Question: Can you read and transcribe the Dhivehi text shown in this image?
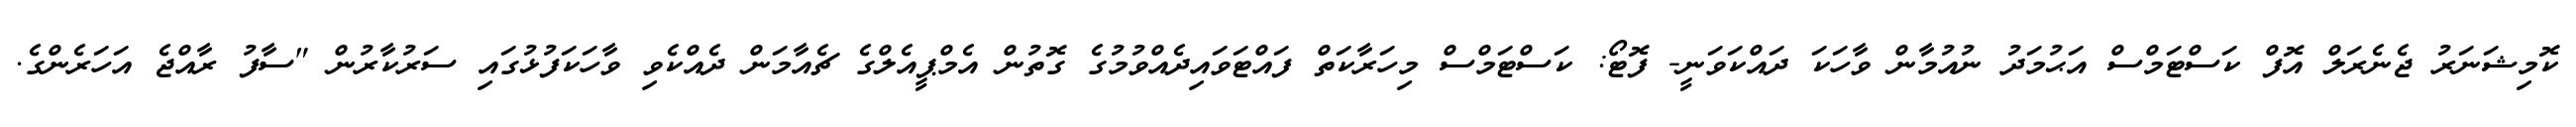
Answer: ކޮމިޝަނަރު ޖެނެރަލް އޮފް ކަސްޓަމްސް އަޙުމަދު ނުއުމާން ވާހަކަ ދައްކަވަނީ- ފޮޓޯ: ކަސްޓަމްސް މިހަރާކަތް ފައްޓަވައިދެއްވުމުގެ ގޮތުން އެމްޕީއެލްގެ ޗެއާމަން ދެއްކެވި ވާހަކަފުޅުގައި ސަރުކާރުން "ސާފު ރާއްޖެ އަހަރެންގެ.